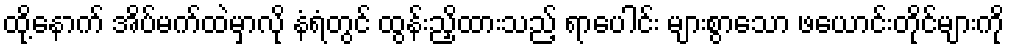
ထို့နောက် အိပ်မက်ထဲမှာလို နံရံတွင် ထွန်းညှိထားသည့် ရာပေါင်း များစွာသော ဖယောင်းတိုင်များကို